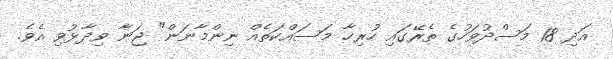
އަދި 18 މަސްދުވަހުގެ ތެރޭގައި ހުރިހާ މަސައްކަތެއް ނިންމާނަން" ޖަނާ ވިދާޅުވި އެވެ.